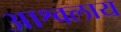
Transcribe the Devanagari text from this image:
आश्वलाय